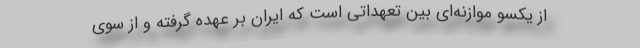
از یکسو موازنه‌ای بین تعهداتی است که ایران بر عهده گرفته و از سوی